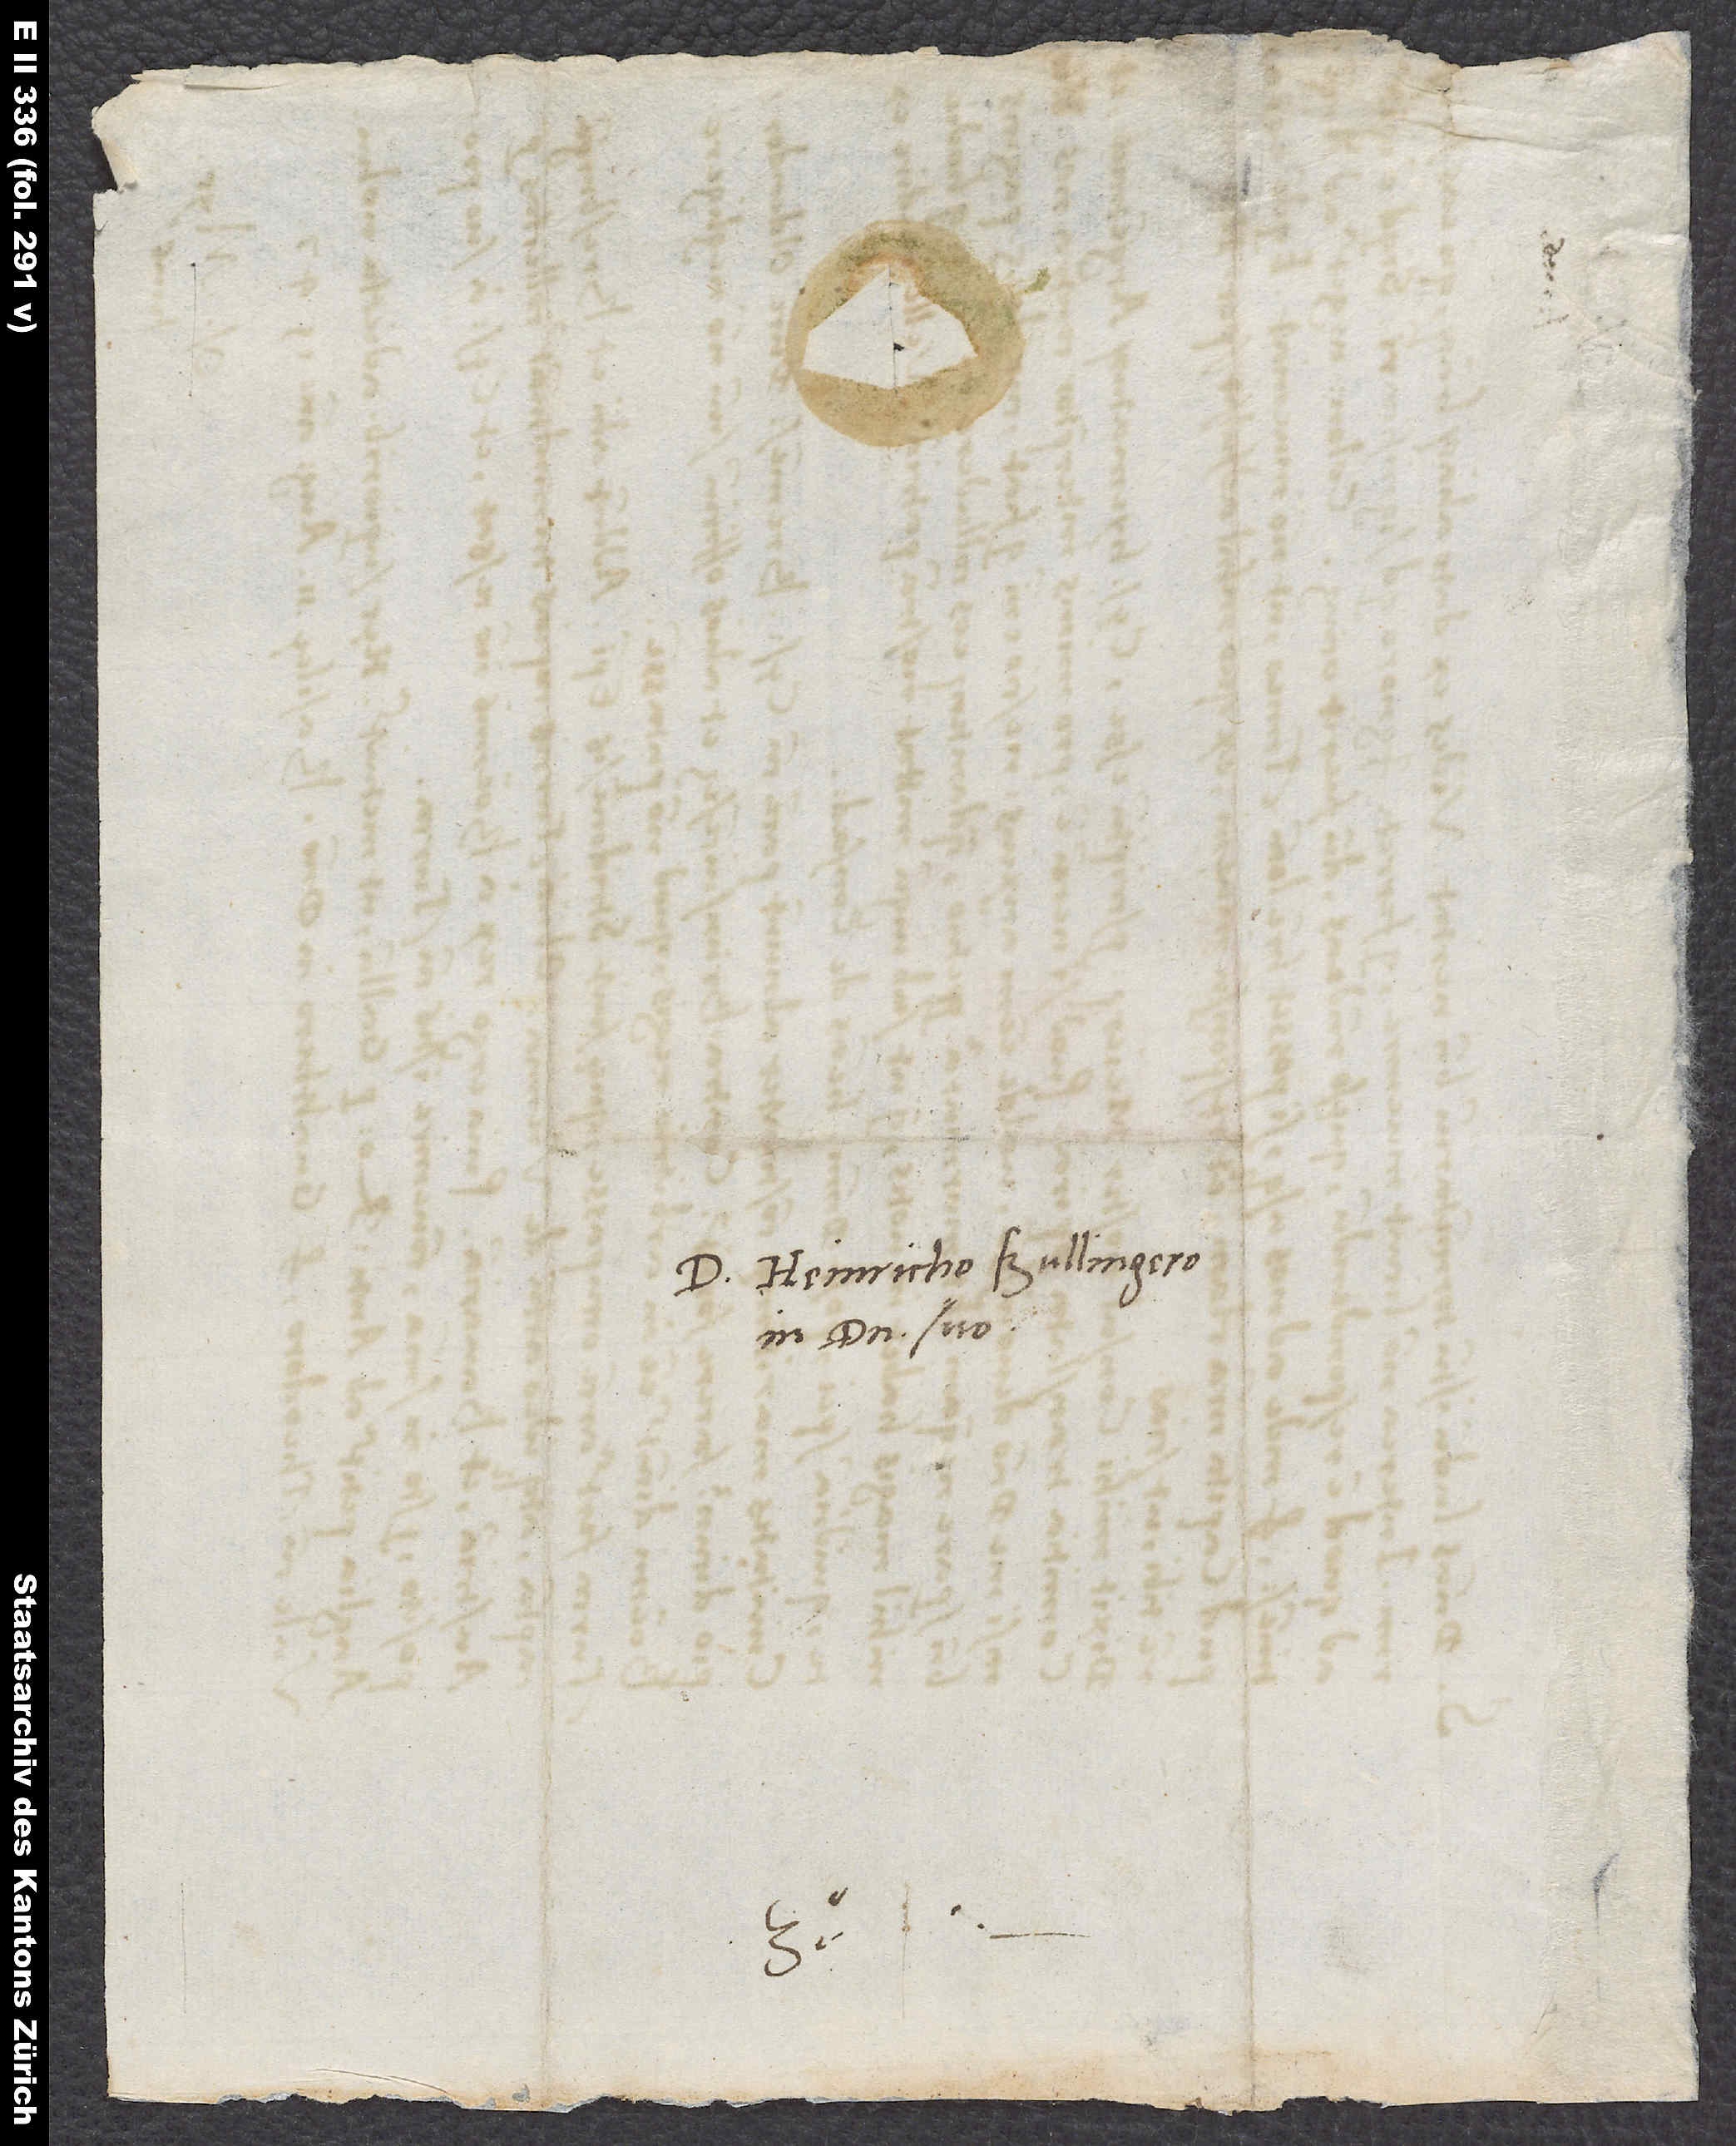
S.

D. Heinricho Bullingero
in domino suo.